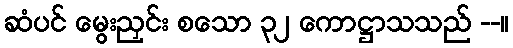
ဆံပင် မွေးညှင်း စသော ၃၂ ကောဋ္ဌာသသည် --။